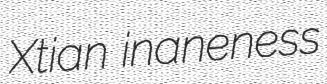
Xtian inaneness